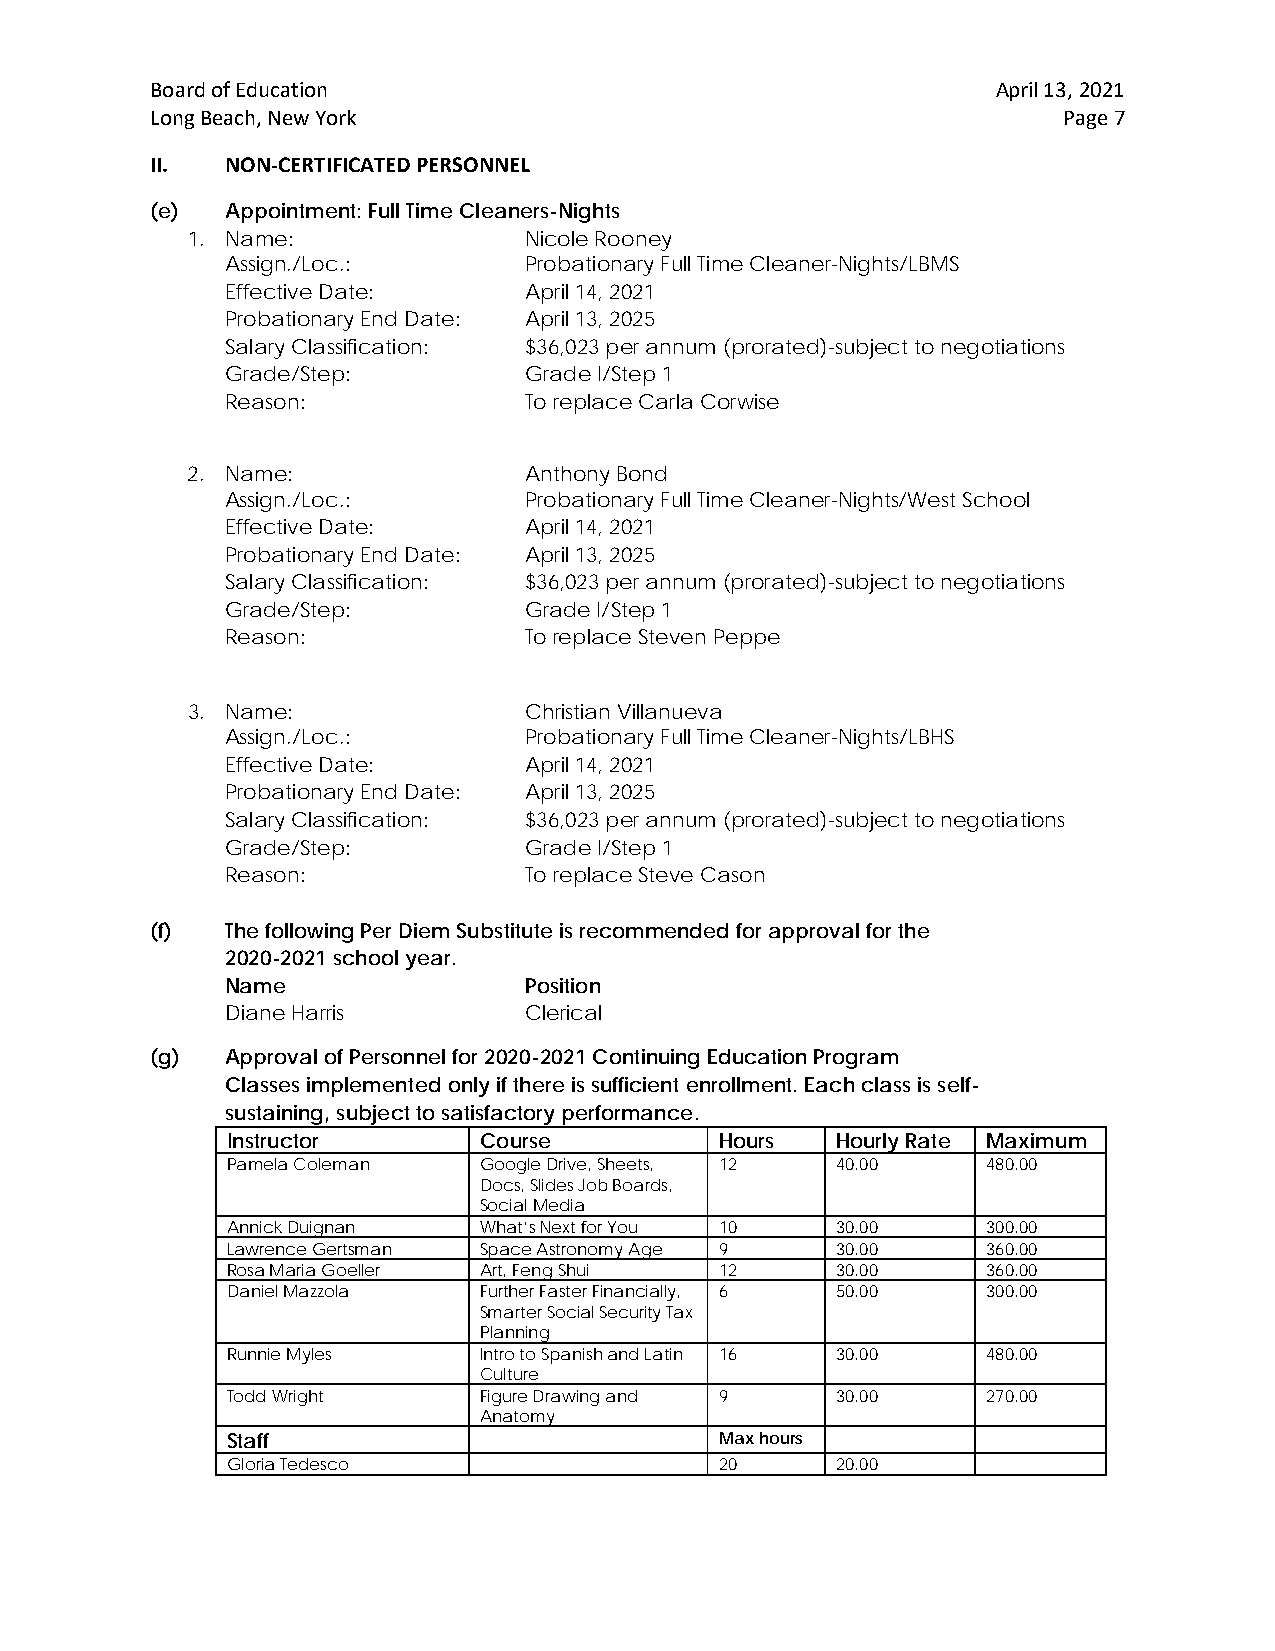
Board of Education                                      April 13, 2021
 Long Beach, New York                                        Page 7
 II.  NON-CERTIFICATED PERSONNEL
 (e)  Appointment: Full Time Cleaners-Nights
 1. Name:               Nicole Rooney
 Assign./Loc.:       Probationary Full Time Cleaner-Nights/LBMS
 Effective Date:     April 14, 2021
 Probationary End Date: April 13, 2025
 Salary Classification: $36,023 per annum (prorated)-subject to negotiations
 Grade/Step:         Grade I/Step 1
 Reason:             To replace Carla Corwise
 2. Name:               Anthony Bond
 Assign./Loc.:       Probationary Full Time Cleaner-Nights/West School
 Effective Date:     April 14, 2021
 Probationary End Date: April 13, 2025
 Salary Classification: $36,023 per annum (prorated)-subject to negotiations
 Grade/Step:         Grade I/Step 1
 Reason:             To replace Steven Peppe
 3. Name:               Christian Villanueva
 Assign./Loc.:       Probationary Full Time Cleaner-Nights/LBHS
 Effective Date:     April 14, 2021
 Probationary End Date: April 13, 2025
 Salary Classification: $36,023 per annum (prorated)-subject to negotiations
 Grade/Step:         Grade I/Step 1
 Reason:             To replace Steve Cason
 (f)  The following Per Diem Substitute is recommended for approval for the
 2020-2021 school year.
 Name                Position
 Diane Harris        Clerical
 (g)  Approval of Personnel for 2020-2021 Continuing Education Program
 Classes implemented only if there is sufficient enrollment. Each class is self-
 sustaining, subject to satisfactory performance.
 Instructor       Course          Hours  Hourly Rate Maximum
 Pamela Coleman   Google Drive, Sheets, 12 40.00   480.00
 Docs, Slides Job Boards,
 Social Media
 Annick Duignan   What’s Next for You 10 30.00     300.00
 Lawrence Gertsman Space Astronomy Age 9 30.00     360.00
 Rosa Maria Goeller Art, Feng Shui 12    30.00     360.00
 Daniel Mazzola   Further Faster Financially, 6 50.00 300.00
 Smarter Social Security Tax
 Planning
 Runnie Myles     Intro to Spanish and Latin 16 30.00 480.00
 Culture
 Todd Wright      Figure Drawing and 9   30.00     270.00
 Anatomy
 Staff                            Max hours
 Gloria Tedesco                   20     20.00